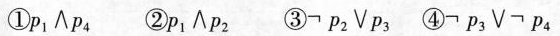
①p_{1} \wedge p_{4} ②p_{1} \wedge p_{2} ③¬ p_{2} \wedge p_{3} ④¬ p_{3} \wedge ¬p_{4}